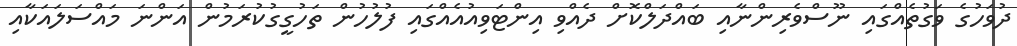
ދުވަހުގެ ވަގުތެއްގައި ނޫސްވެރިންނާއި ބައްދަލްކޮށް ދެއްވި އިންޓަވިއުއެއްގައި ފުލުހުން ތަހުގީގުކުރަމުން އަންނަ މައްސަލައަކާއި